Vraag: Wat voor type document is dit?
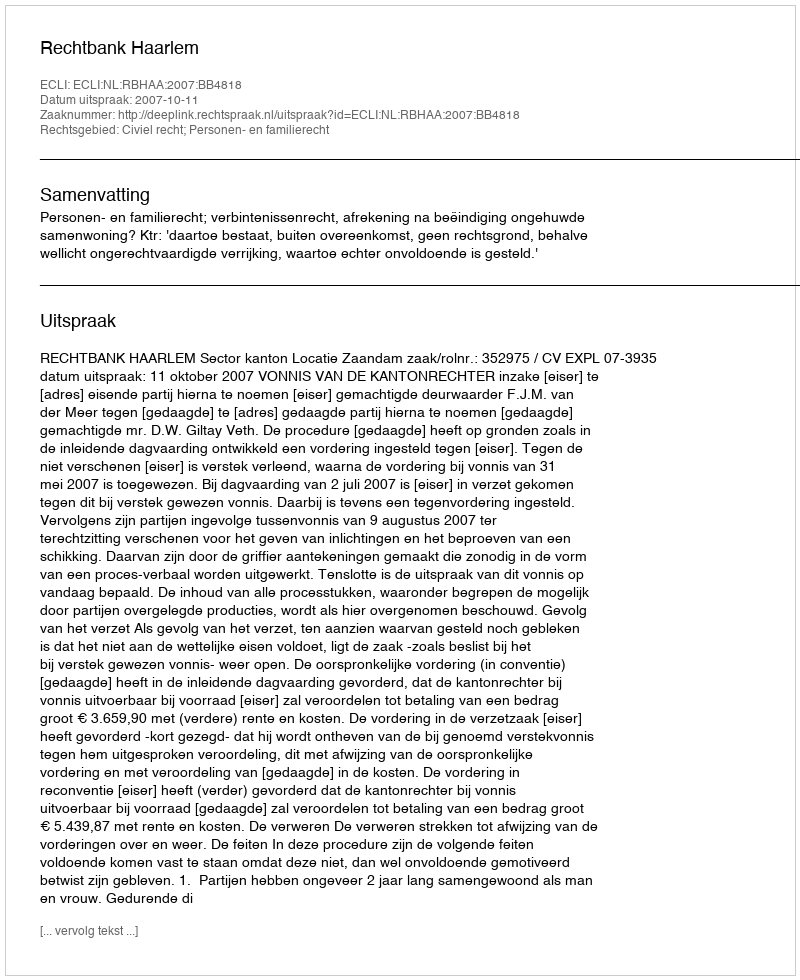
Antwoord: Uitspraak